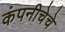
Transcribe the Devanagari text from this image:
कंपनीचेचे